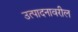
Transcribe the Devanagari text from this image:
उत्पादनावरील